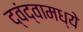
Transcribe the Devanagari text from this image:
द्वंद्वामध्ये